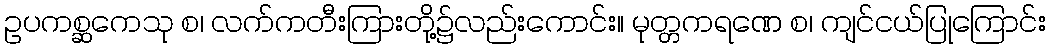
ဥပကစ္ဆကေသု စ၊ လက်ကတီးကြားတို့၌လည်းကောင်း။ မုတ္တကရဏေ စ၊ ကျင်ငယ်ပြုကြောင်း